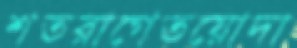
শতরাগেতয়োদা